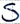
Text: S